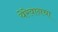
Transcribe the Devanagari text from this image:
येरेवानचा